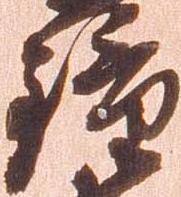
鐘